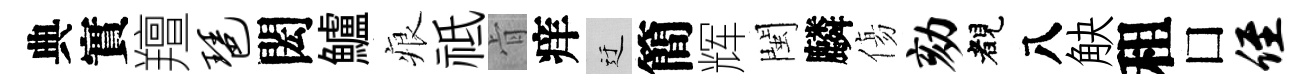
典實羶琶閎鱸痕祗肻痒迂簡辉閩麟傷劾睹八觖租□侄